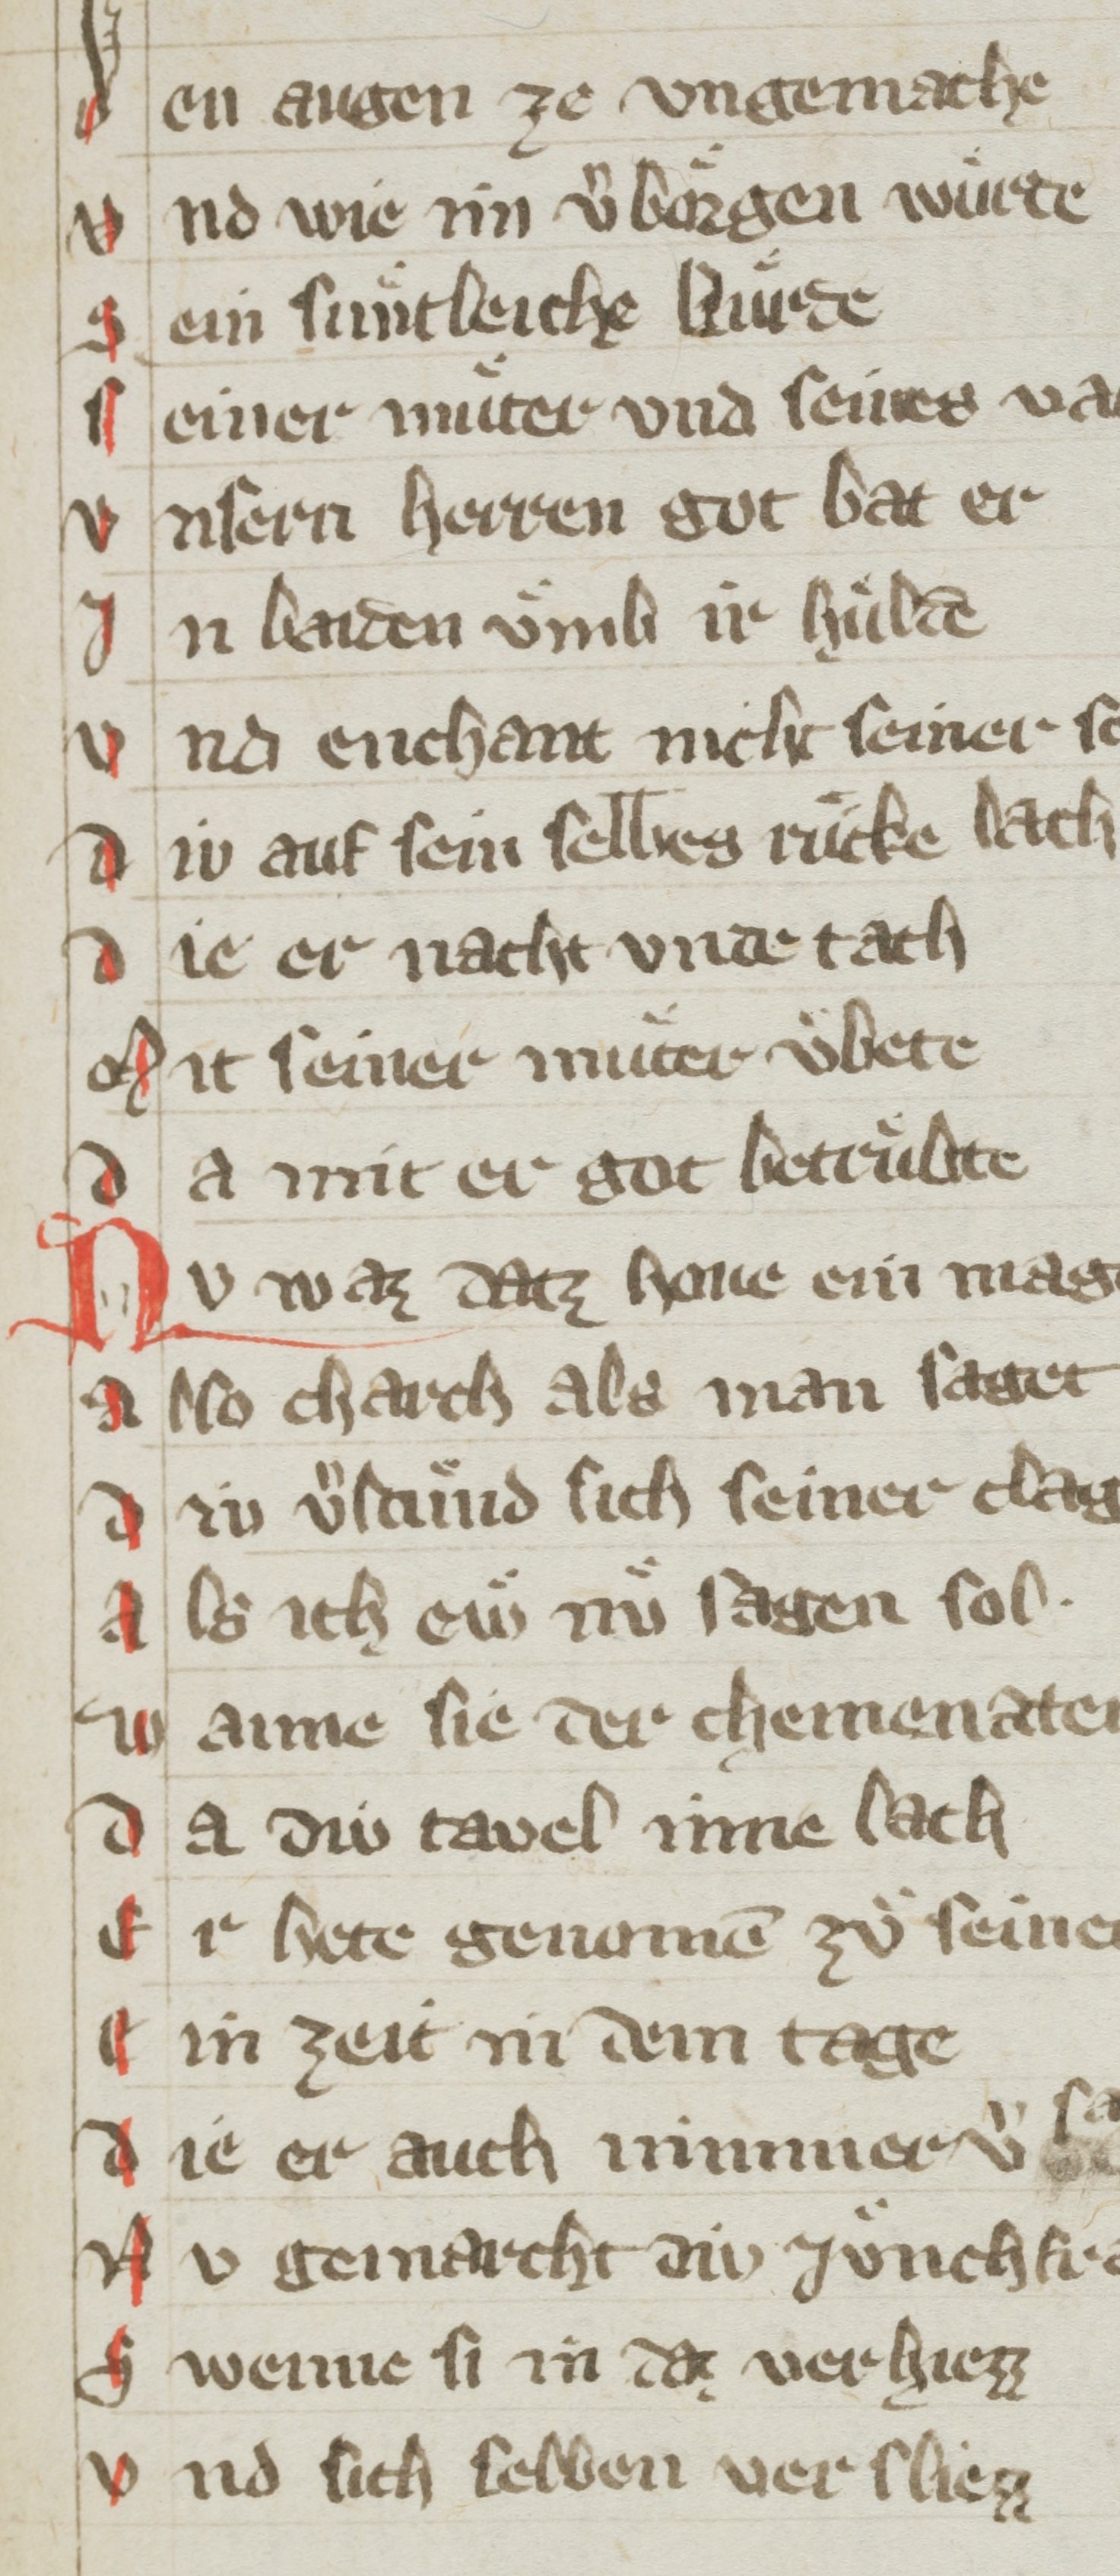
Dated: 1350–1399